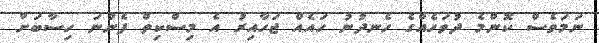
ނަމަވެސް ކޮންމެ ދުވަހެއްގެ ހެނދުނު ހައެއް ޖަހާއިރު އެ މިސްކިތް ފެންނަ ހިސާބަށް